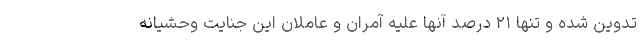
تدوین شده و تنها ٢١ درصد آنها علیه آمران و عاملان این جنایت وحشیانه